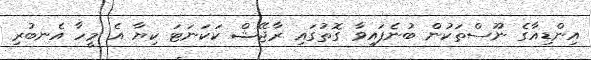
އިންޑިއާގެ ނޫސްތަކުން ބުނެފައިވާ ގޮތުގައި ރާޖޭޝް ކަކަނަޓަ ކިޔާ އެ މީހާ އެނބުރި